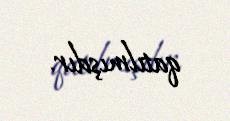
qatılmışdır.